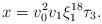
LaTeX: \begin{align*} x = v_0^2 v_1 \xi_1^{18} \tau_3.\end{align*}